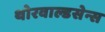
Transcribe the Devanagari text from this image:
थोरवाल्डसेन्स